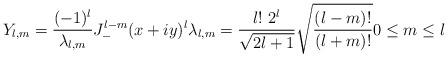
LaTeX: \begin{align*}Y_{l,m}=\frac{(-1)^{l}}{\lambda_{l,m}}J_{-}^{l-m}(x+iy)^{l}\lambda_{l,m}=\frac{l! \ 2^{l}}{\sqrt{2l+1}}\sqrt{\frac{(l-m)!}{(l+m)!}}0\leq m\leq l\end{align*}